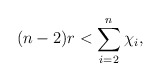
\begin{align*} (n-2)r < \sum\limits_{i=2}^n \chi_i, \end{align*}